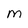
Character: m